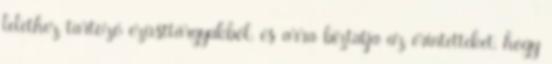
lelethez tartozó ezüsttárgyakból, és arra biztatja az érintetteket, hogy